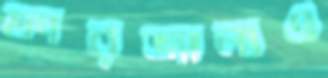
ফারজানাও